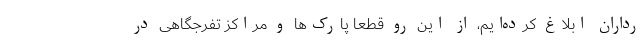
رداران ابلاغ کرده‌ایم، از این رو قطعا پارک‌ها و مراکز تفرجگاهی در